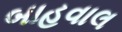
બાહવાલ